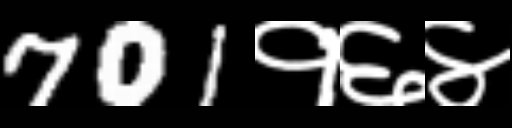
Text: 701१६४